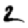
Digit: 2